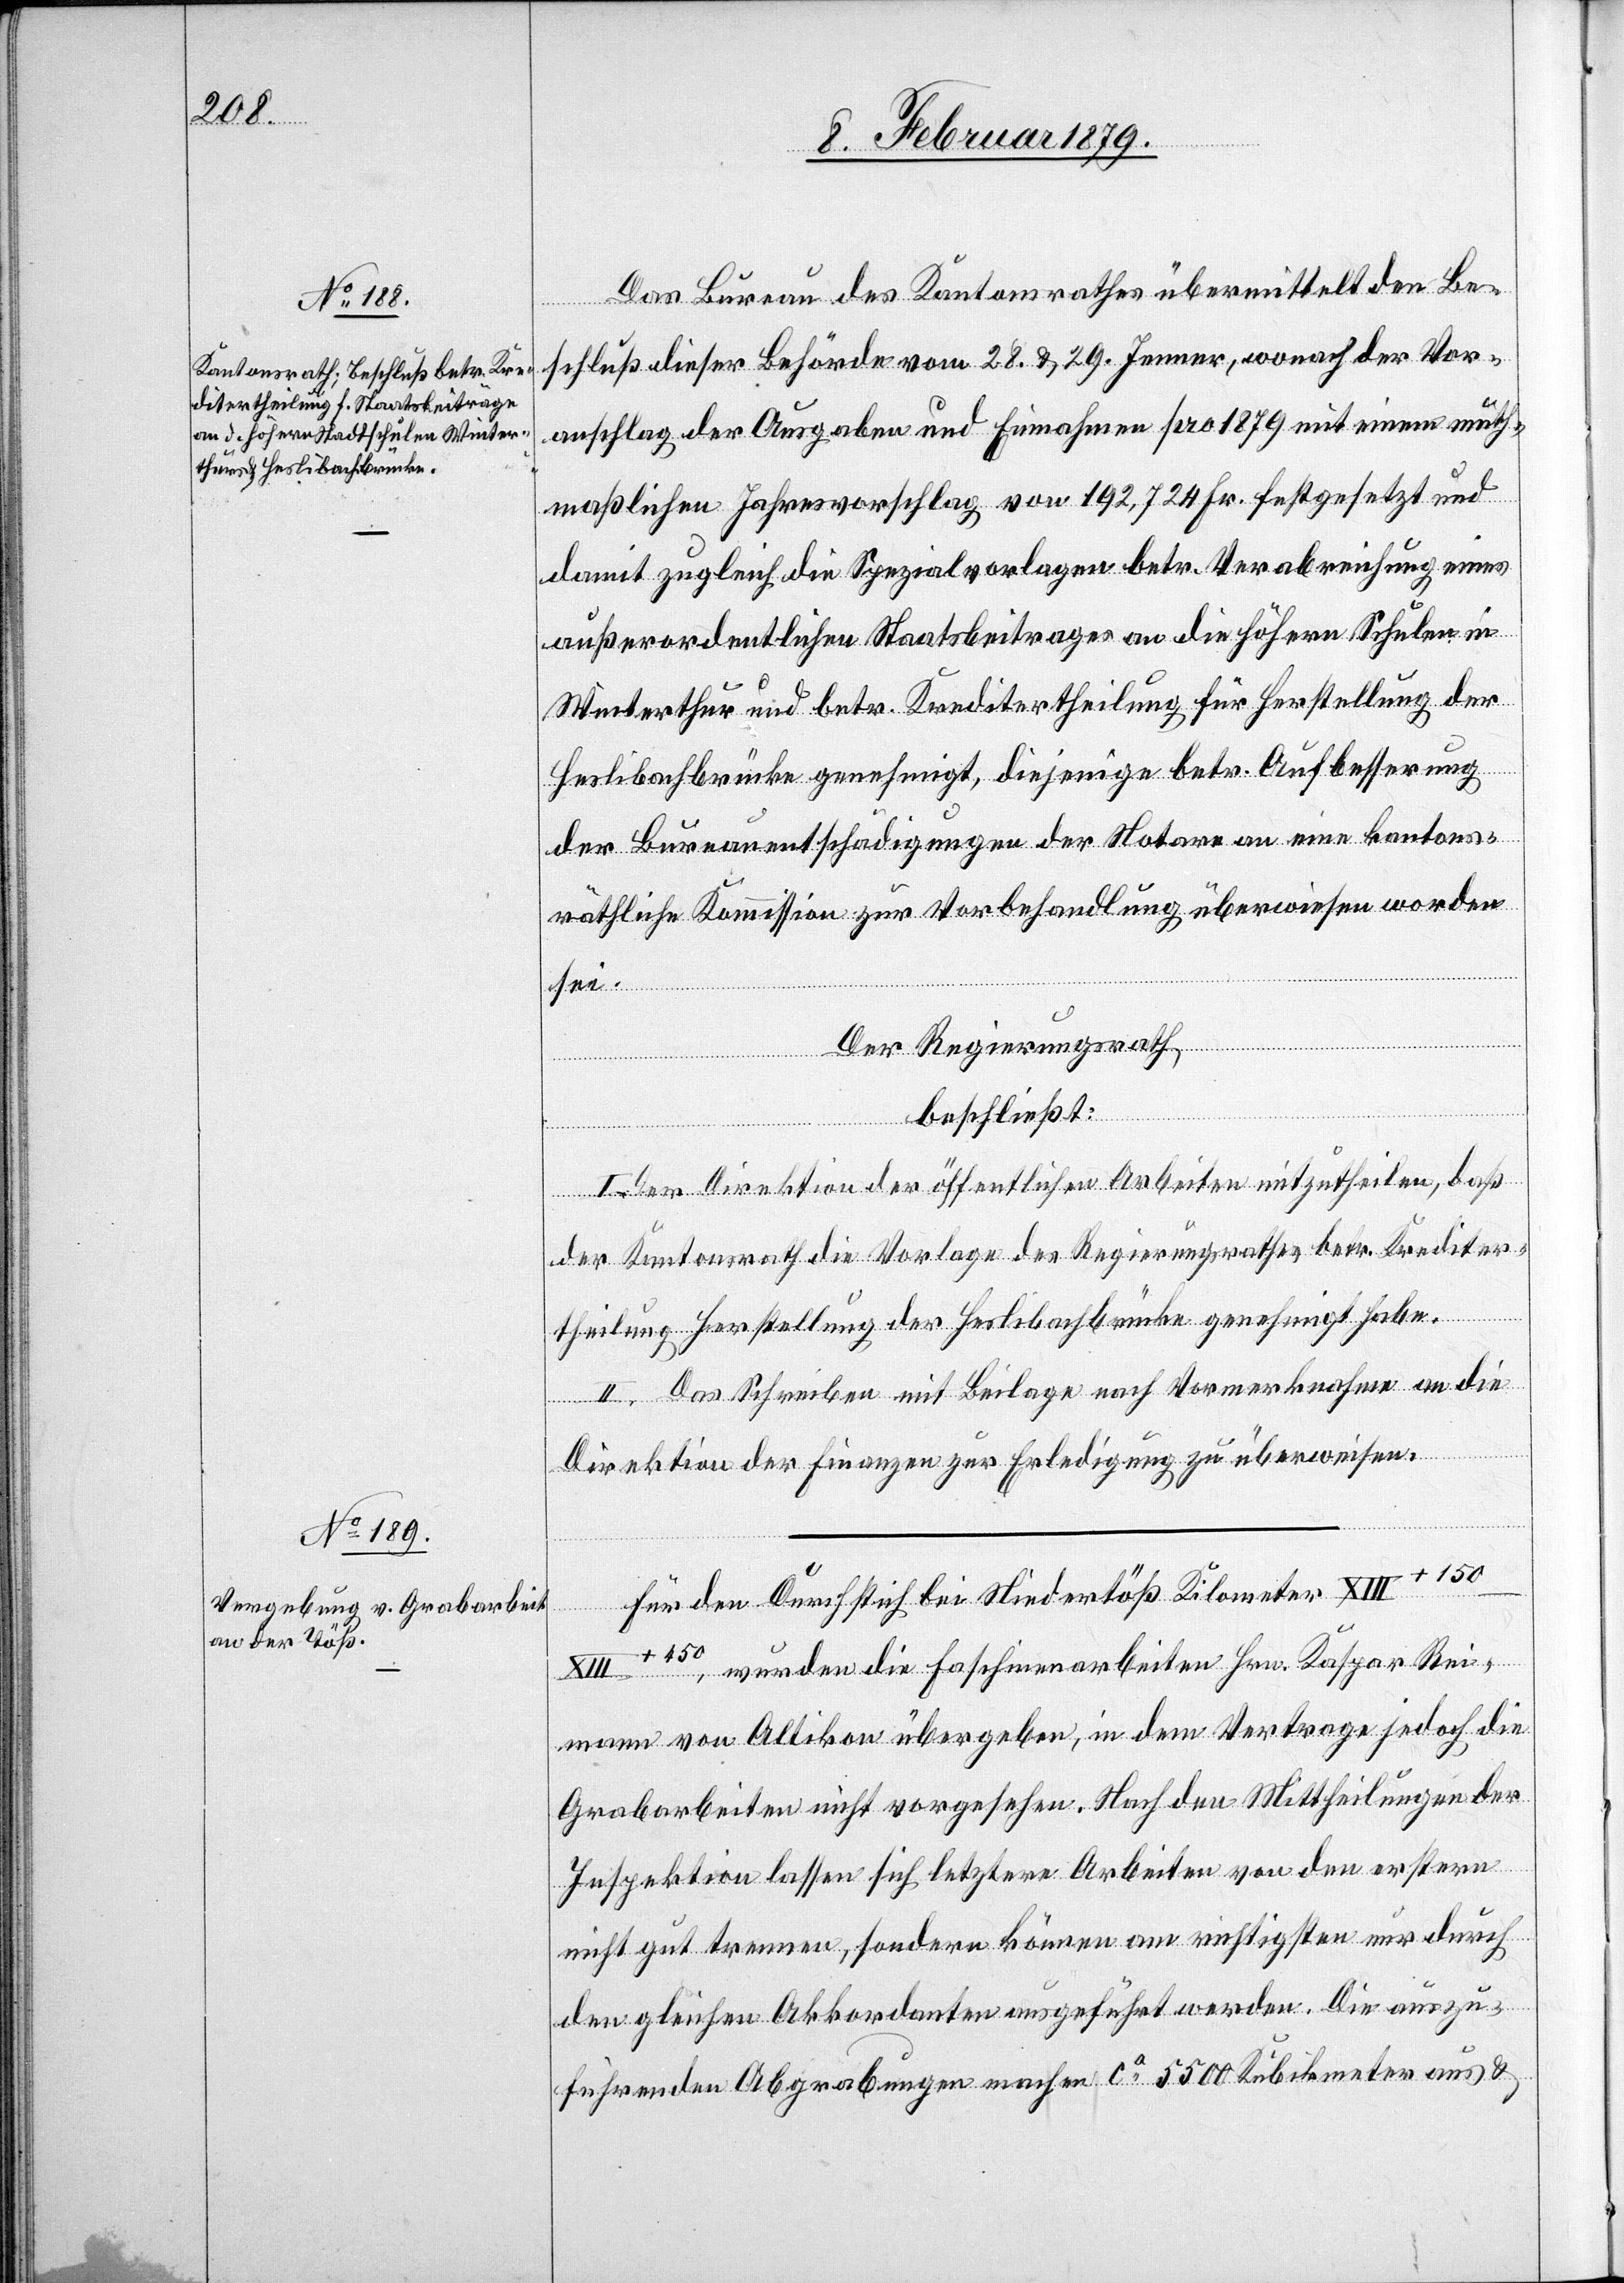
Das Bureau des Kantonsrathes übermittelt den Be¬
schluß dieser Behörde vom 28. & 29. Jenner, wonach der Vor¬
anschlag der Ausgaben und Einnahmen pro 1879 mit einem muth¬
maßlichen Jahresvorschlag von 192,724 Fr. festgesetzt und
damit zugleich die Spezialvorlagen betr. Verabreichung eines
außerordentlichen Staatsbeitrages an die höhern Schulen in
Winterthur und betr. Kreditertheilung für Herstellung der
Heslibachbrücke genehmigt, diejenige betr. Aufbesserung
der Bureauentschädigungen der Notare an eine kantons¬
räthliche Kommission zur Vorbehandlung überwiesen worden
I+150–X¬
Der Regierungsrath
beschließt:
I. Der Direktion der öffentlichen Arbeiten mitzutheilen, daß
der Kantonsrath die Vorlage des Regierungsrathes betr. Krediter¬
theilung Herstellung der Heslibachbrücke genehmigt habe.
II. Das Schreiben mit Beilage nach Vormerknahme an die
Direktion der Finanzen zur Erledigung zu überweisen.
Für den Durchstich bei Niedertöß Kilometer XII¬
III+450, wurden die Faschinenarbeiten Hrn. Kaspar Rei¬
mann von Altikon übergeben, in dem Vertrage jedoch die
Grabarbeiten nicht vorgesehen. Nach den Mittheilungen der
Inspektion lassen sich letztere Arbeiten von den erstern
nicht gut trennen, sondern können am richtigsten nur durch
den gleichen Akkordanten ausgeführt werden. Die auszu¬
führenden Abgrabungen machen ca 5500 Kubikmeter aus &